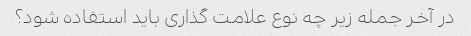
در آخر جمله زیر چه نوع علامت گذاری باید استفاده شود؟